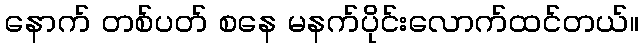
နောက် တစ်ပတ် စနေ မနက်ပိုင်းလောက်ထင်တယ်။